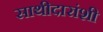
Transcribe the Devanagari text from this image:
साथीदारांशी